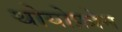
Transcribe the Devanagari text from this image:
थोयोफ़ोन